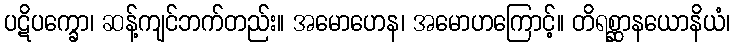
ပဋိပက္ခော၊ ဆန့်ကျင်ဘက်တည်း။ အမောဟေန၊ အမောဟကြောင့်။ တိရစ္ဆာနယောနိယံ၊